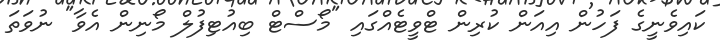
ކައިވެނީގެ ފަހުން އިއަން ކުރިން ޓްވީޓެއްގައި "މޯސްޓް ބިއުޓިފުލް މޯނިން އެވާ" ނުވަތަ